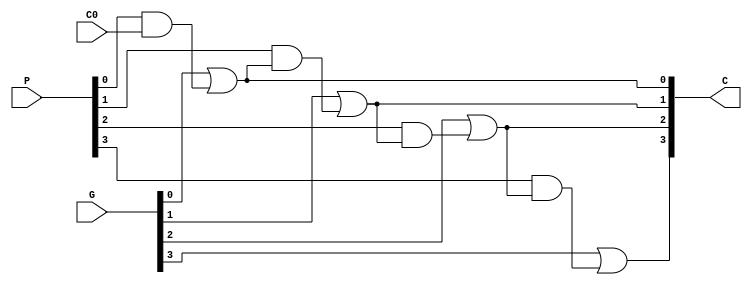
module carryLookaheadGenerator(output [4:1]C, input [3:0]P, G, input C0);

assign C[1] = G[0]||(P[0]&&C0);
assign C[2] = G[1]||(P[1]&&C[1]);
assign C[3] = G[2]||(P[2]&&C[2]);
assign C[4] = G[3]||(P[3]&&C[3]);

endmodule